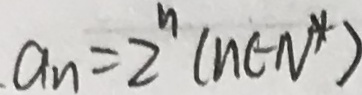
. a _ { n } = 2 ^ { n } ( n \in N ^ { \ast } )